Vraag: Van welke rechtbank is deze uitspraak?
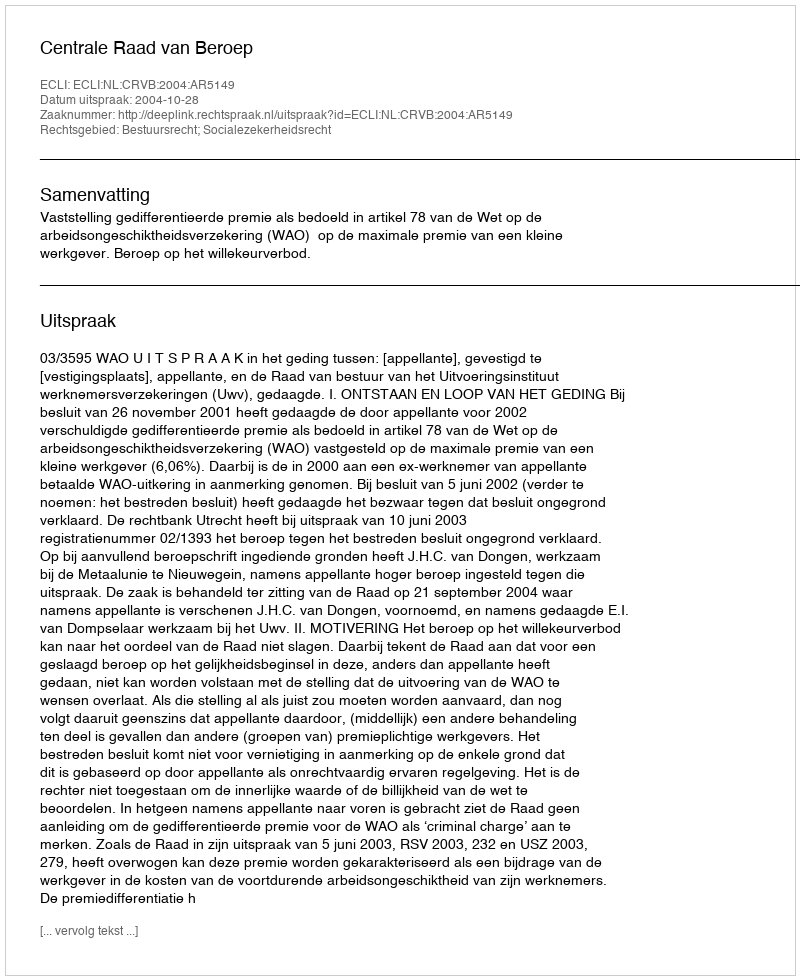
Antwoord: Centrale Raad van Beroep